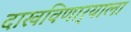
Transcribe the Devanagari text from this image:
दाखविणार्‍याला